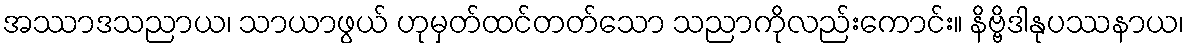
အဿာဒသညာယ၊ သာယာဖွယ် ဟုမှတ်ထင်တတ်သော သညာကိုလည်းကောင်း။ နိဗ္ဗိဒါနုပဿနာယ၊